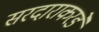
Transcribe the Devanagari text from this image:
सरदाराकरडे